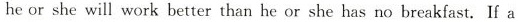
he or she will work better than he or she has no breakfast. If a